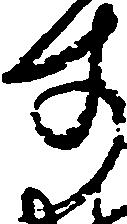
す